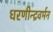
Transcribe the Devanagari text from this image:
धरणीन्द्रवर्मन